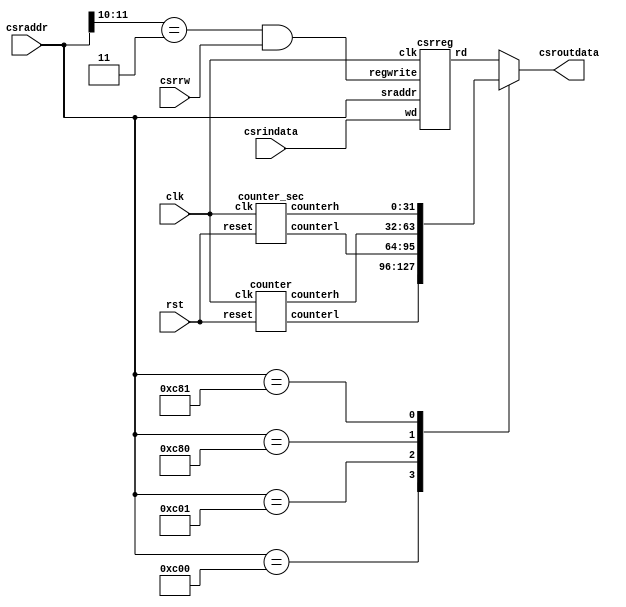
//-------------------------------------------------------
//
// Ochiba_RV32IM-cont.v
// Sodium(sodium@wide.sfc.ad.jp)
// Instruction set:RISC-V RV32IM
//
// Ochiba Processer RV32IM model
// System Control Register
//
//-------------------------------------------------------

module sysreg (input					clk,csrrw,rst,
					input 	[11:0]	csraddr,
					input		[31:0]	csrindata,
					output	[31:0]	csroutdata);
					
			wire			s,csrenable,denable,renable;
			wire[31:0]	dataselect;
			
			wire[31:0]		cycl,cych,secl,sech,wd,rd;
				
			assign s = (csraddr[11:10] == 2'b11);
			assign denable = s ? 1'b1 : 1'b0;
			assign renable = s ? 1'b0 : 1'b1;
			assign csrenable = s & csrrw;
			assign dataselect	=	switch(csraddr,cycl,cych,secl,sech,rd);
			assign csroutdata	=	dataselect;
			assign wd			=	csrindata;
			
				
			csrreg			csr(clk,csrenable,csraddr,wd,rd);
			counter			cycle_counter(clk,rst,cycl,cych);
			counter_sec		sec_counter(clk,rst,secl,sech);
			
			function [31:0] switch;
				input 		[11:0]	csraddr;
				input			[31:0]	cycl,cych,secl,sech,rd;

				begin
					case(csraddr)
						12'hc00:switch = cycl;			
						12'hc01:switch = secl;
					
						12'hc80:switch = cych;
						12'hc81:switch = sech;				
						default:	switch = rd;
					endcase
				
				end
	endfunction

					
endmodule

module csrreg #(parameter WIDTH = 32)	// WIDTH?
						(input					clk,regwrite,
						input		[11:0]			sraddr,
						input		[WIDTH-1:0] wd,
						output	[WIDTH-1:0]	rd);
						
		reg	[WIDTH-1:0]REG[4095:0];
		
	
		always @(negedge clk)
			if(regwrite) REG[sraddr] <= wd;
			
		assign rd = REG[sraddr];	//

		
endmodule

module counter(input					clk,reset,
					output	[31:0]	counterl,
					output	[31:0]	counterh);
					
			reg[63:0] clk_counter;
			always @(posedge clk)clk_counter = clk_counter + 1;
			
			assign	counterl	=	clk_counter[31:0];
			assign	counterh	=	clk_counter[63:32];
			
			
endmodule

module counter_sec(input	clk,reset,
					output	[31:0]	counterl,
					output	[31:0]	counterh);
					
			reg[63:0] clk_counter;
			reg[63:0] clk_counter_sec;
			
			always @(posedge clk)
			begin
				clk_counter = clk_counter + 1;
				if(clk_counter == 63'h2FAF080)
				begin
				clk_counter_sec	= clk_counter_sec + 1;
				clk_counter			= 64'b0;
				end
			end
			
			assign	counterl	=	clk_counter[31:0];
			assign	counterh	=	clk_counter[63:32];
			
endmodule